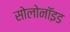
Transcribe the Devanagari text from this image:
सोलोनॉइड